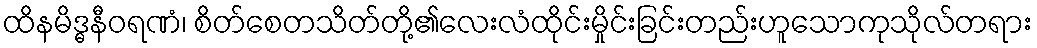
ထိနမိဒ္ဓနီဝရဏံ၊ စိတ်စေတသိတ်တို့၏လေးလံထိုင်းမှိုင်းခြင်းတည်းဟူသောကုသိုလ်တရား